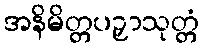
အနိမိတ္တပဉှာသုတ္တံ